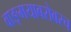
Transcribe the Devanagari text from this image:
वाङ्‌मयाबरोबरच